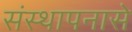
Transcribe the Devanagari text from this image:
संस्थापनासे